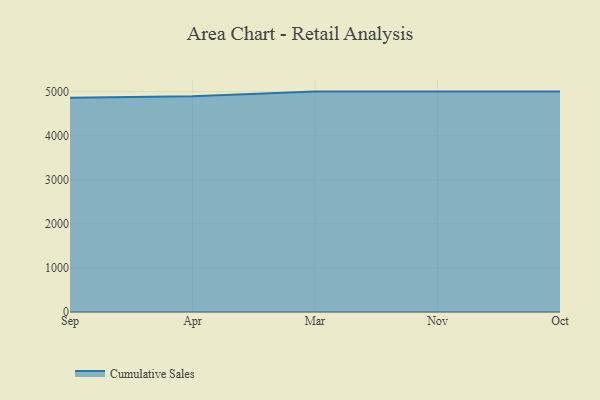
{"axis": {"x": "Month", "y": "Production Output"}, "legend": ["Cumulative Sales"], "data": [{"x": "Sep", "y": 4862.0, "type": "Cumulative Sales"}, {"x": "Apr", "y": 4896.0, "type": "Cumulative Sales"}, {"x": "Mar", "y": 5000, "type": "Cumulative Sales"}, {"x": "Nov", "y": 5000, "type": "Cumulative Sales"}, {"x": "Oct", "y": 5000, "type": "Cumulative Sales"}]}